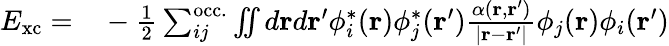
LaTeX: \begin{array}{rl}{E_{\mathrm{xc}}=}&{{}-\frac{1}{2}\sum_{ij}^{\mathrm{occ.}}\iint d\mathbf{r}d\mathbf{r}^{\prime}\phi_{i}^{*}(\mathbf{r})\phi_{j}^{*}(\mathbf{r}^{\prime})\frac{\alpha(\mathbf{r},\mathbf{r}^{\prime})}{|\mathbf{r}-\mathbf{r}^{\prime}|}\phi_{j}(\mathbf{r})\phi_{i}(\mathbf{r}^{\prime})}\end{array}